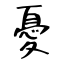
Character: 憂